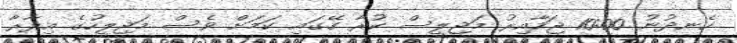
ހެނދުނު 10:00 ޖަހާއިރު މަޖިލީސް ކުރާ ގޭގައި ކަމަށް ވެސް މަޖިލީހުގެ އިދާރާ